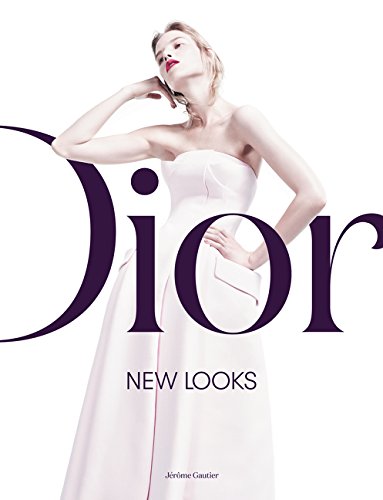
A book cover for Dior: New Looks; Jerome Gautier; Humor & Entertainment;